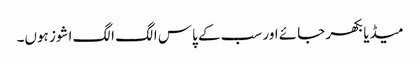
میڈیا بکھر جائے اور سب کے پاس الگ الگ اشوز ہوں۔